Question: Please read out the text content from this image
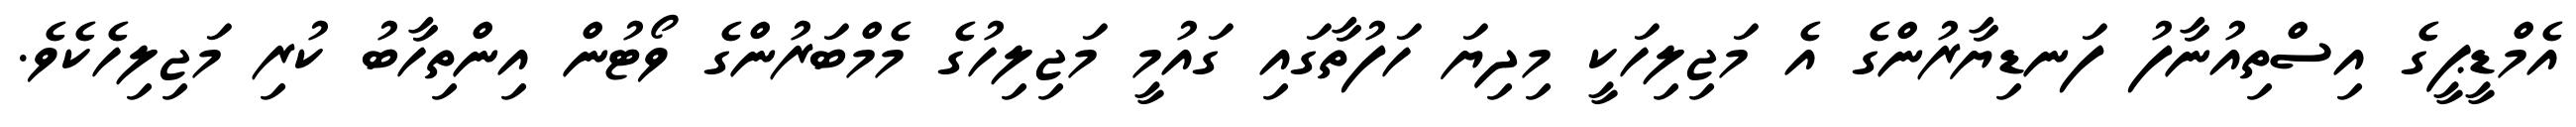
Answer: އެމްޑީޕީގެ އިސްތިއުނާފު ފަނޑިޔާރުންގެ އެ މަޖިލިހަކީ މިދިޔަ ހަފުތާގައި ގައުމީ މަޖިލިހުގެ މެމްބަރުންގެ ވޯޓުން އިންތިހާބު ކުރި މަޖިލިހެކެވެ.